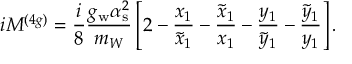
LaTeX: i { \cal M } ^ { ( 4 g ) } = \frac { i } { 8 } \frac { g _ { \mathrm { w } } \alpha _ { \mathrm { s } } ^ { 2 } } { m _ { W } } \left[ 2 - \frac { x _ { 1 } } { \tilde { x } _ { 1 } } - \frac { \tilde { x } _ { 1 } } { x _ { 1 } } - \frac { y _ { 1 } } { \tilde { y } _ { 1 } } - \frac { \tilde { y } _ { 1 } } { y _ { 1 } } \right] .